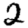
Digit: 2